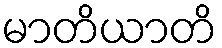
မာတိယာတိ